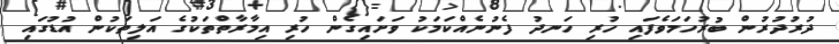
ދުރުދުރުން ބުރުހަމަވެފައި ހުރި ހަނދު ފެނުނެއްކަމަކު ވަށައިގެން ހުރި އިމާރާތްތަކުގެ އަލިތަކުން އުޑުގައި